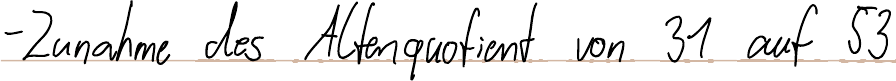
- Zunahme des Altenquotient von 31 auf 53